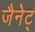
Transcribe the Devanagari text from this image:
जैनेट्